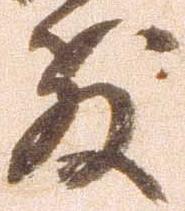
教